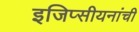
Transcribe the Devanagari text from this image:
इजिप्सीयनांची